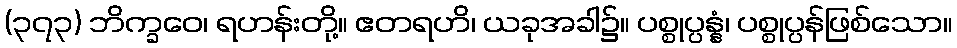
(၃၇၃) ဘိက္ခဝေ၊ ရဟန်းတို့။ ဧတရဟိ၊ ယခုအခါ၌။ ပစ္စုပ္ပန္နံ၊ ပစ္စုပ္ပန်ဖြစ်သော။